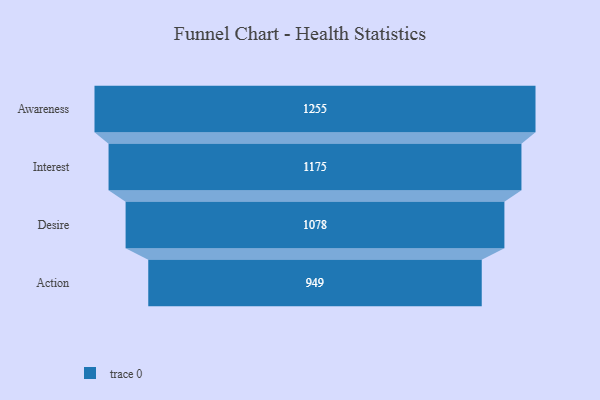
{"axis": {"x": "Stage", "y": "Value"}, "legend": [""], "data": [{"x": "Awareness", "y": 1255.0, "type": ""}, {"x": "Interest", "y": 1175.0, "type": ""}, {"x": "Desire", "y": 1078.0, "type": ""}, {"x": "Action", "y": 949.0, "type": ""}]}